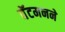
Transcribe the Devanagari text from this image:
बॅटमनने